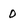
Character: 0